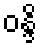
ဝန္ဒိ